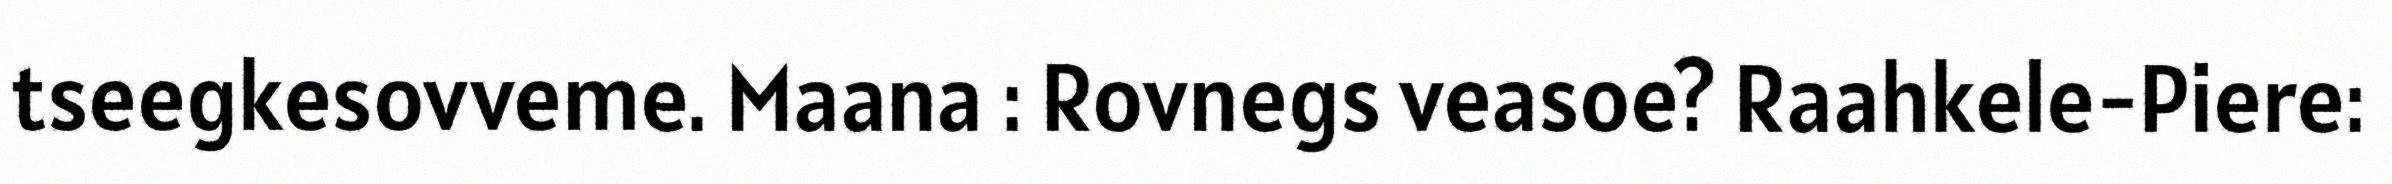
tseegkesovveme. Maana : Rovnegs veasoe? Raahkele-Piere: